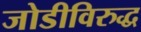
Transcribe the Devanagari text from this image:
जोडीविरुद्ध